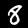
Label: 8